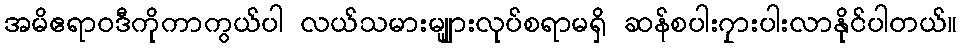
အမိဧရာဝဒီကိုကာကွယ်ပါ လယ်သမားမျျားလုပ်စရာမရှိ ဆန်စပါး၇ှားပါးလာနိုင်ပါတယ်။